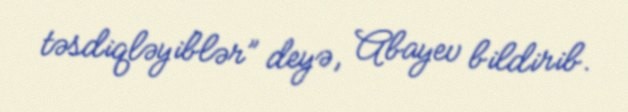
təsdiqləyiblər” deyə, Abayev bildirib.